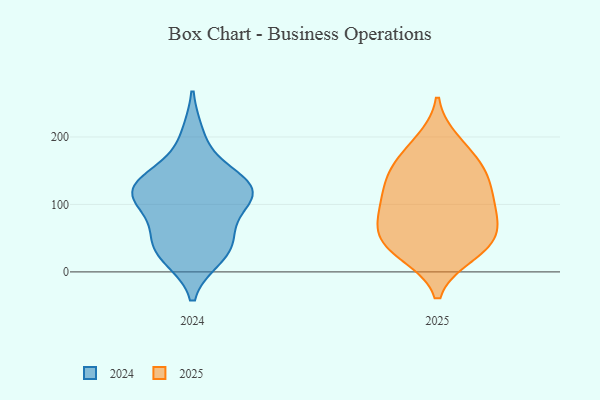
{"axis": {"x": "Budget (USD K)", "y": "Value"}, "legend": ["2024", "2025"], "data": [{"x": "", "y": 27, "type": "2025"}, {"x": "", "y": 192, "type": "2025"}, {"x": "", "y": 47, "type": "2025"}, {"x": "", "y": 151, "type": "2025"}, {"x": "", "y": 177, "type": "2025"}, {"x": "", "y": 104, "type": "2025"}, {"x": "", "y": 56, "type": "2025"}, {"x": "", "y": 90, "type": "2025"}, {"x": "", "y": 142, "type": "2025"}, {"x": "", "y": 121, "type": "2025"}, {"x": "", "y": 72, "type": "2025"}, {"x": "", "y": 43, "type": "2025"}, {"x": "", "y": 30, "type": "2025"}, {"x": "", "y": 142, "type": "2025"}, {"x": "", "y": 90, "type": "2025"}, {"x": "", "y": 134, "type": "2024"}, {"x": "", "y": 200, "type": "2024"}, {"x": "", "y": 25, "type": "2024"}, {"x": "", "y": 39, "type": "2024"}, {"x": "", "y": 96, "type": "2024"}, {"x": "", "y": 130, "type": "2024"}, {"x": "", "y": 127, "type": "2024"}, {"x": "", "y": 42, "type": "2024"}, {"x": "", "y": 125, "type": "2024"}, {"x": "", "y": 113, "type": "2024"}, {"x": "", "y": 40, "type": "2024"}, {"x": "", "y": 109, "type": "2024"}]}